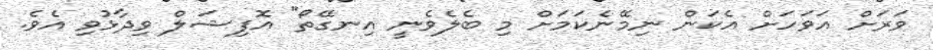
ވަރަށް އަވަހަށް އެކަން ނިމޭނެކަމަށް މި ބެލެވެނީ އިނގޭތޯ" އޮފިޝަލް ވިދާޅުވި އެވެ.